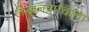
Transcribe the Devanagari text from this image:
लेखनप्रपंचाचा